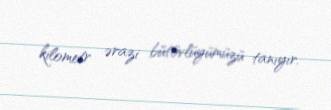
kilometr ərazi bütövlüyümüzü tanıyır.